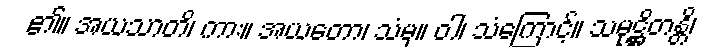
၏။ အယသာတိ၊ ကား။ အယတော၊ သံမှ။ ဝါ၊ သံကြောင့်။ သမုဋ္ဌိတန္တိ၊